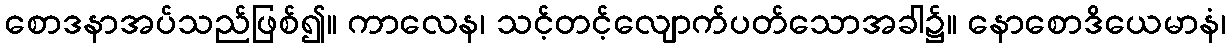
စောဒနာအပ်သည်ဖြစ်၍။ ကာလေန၊ သင့်တင့်လျောက်ပတ်သောအခါ၌။ နောစောဒိယေမာနံ၊